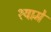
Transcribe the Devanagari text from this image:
श्यामे